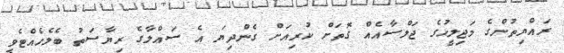
ރައްޔިތުންގެ މަޖިލީހުގެ ޖަލްސާއެއް ގޮތަށް ކުރިއަށް ގެންދިޔަ އެ ސައްލާގެ ރިޔާސަތު ބެލެހެއްޓެވީ